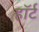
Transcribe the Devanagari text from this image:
हाॅर्ट